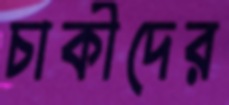
চাকীদের